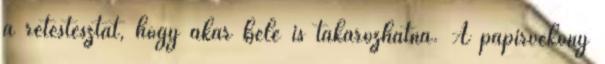
a rétestésztát, hogy akár bele is takarózhatna. A papírvékony